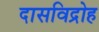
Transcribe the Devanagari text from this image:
दासविद्रोह